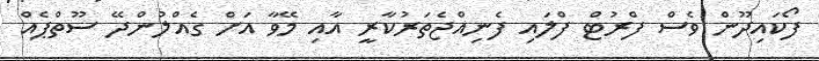
ފޯކައިދޫން ވެސް ފްރުޓް ފްލައި ފެނިއްޖެތަރުކާރީ އާއި މޭވާ އަށް ގެއްލުންދޭ ސޫތްޕެއް